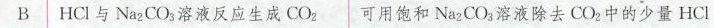
B│HCl与Na2CO3溶液反应生成CO2可用饱和Na2CO3溶液除去CO2中的少量HCl